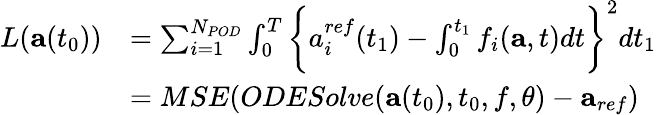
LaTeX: \begin{array}{rl}{L(\mathbf{a}(t_{0}))}&{=\sum_{i=1}^{N_{POD}}\int_{0}^{T}\bigg\{ {a_{i}^{ref}}(t_{1})-\int_{0}^{t_{1}}f_{i}(\mathbf{a},t)dt\bigg\} ^{2}dt_{1}}\\ &{=MSE(ODESolve(\mathbf{a}(t_{0}),t_{0},f,\theta)-\mathbf{a}_{ref})}\end{array}